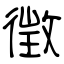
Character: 徴